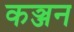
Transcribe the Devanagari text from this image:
कञ्जन